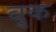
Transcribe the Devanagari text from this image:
बृक